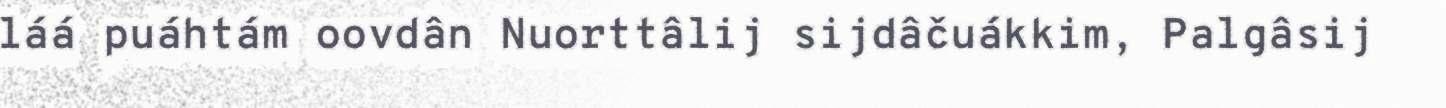
láá puáhtám oovdân Nuorttâlij sijdâčuákkim, Palgâsij